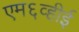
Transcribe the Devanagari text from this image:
एम६व्हीई